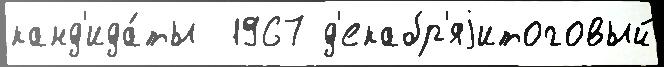
канд'ида́ты  1967 д'екабр'яjитоговый